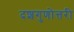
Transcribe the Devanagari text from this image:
दशगुणोत्तरी